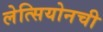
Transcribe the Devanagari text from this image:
लेत्सियोनची